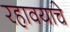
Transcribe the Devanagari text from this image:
रहावयाचे